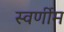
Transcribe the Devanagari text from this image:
स्वर्णीम